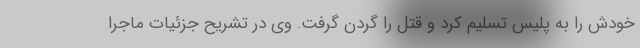
خودش را به پلیس تسلیم کرد و قتل را گردن گرفت. وی در تشریح جزئیات ماجرا